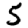
Digit: 5